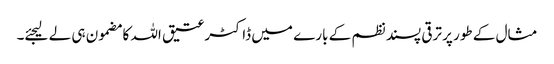
مثال کے طور پر ترقی پسند نظم کے بارے میں ڈاکٹر عتیق اللہ کا مضمون ہی لے لیجئے۔